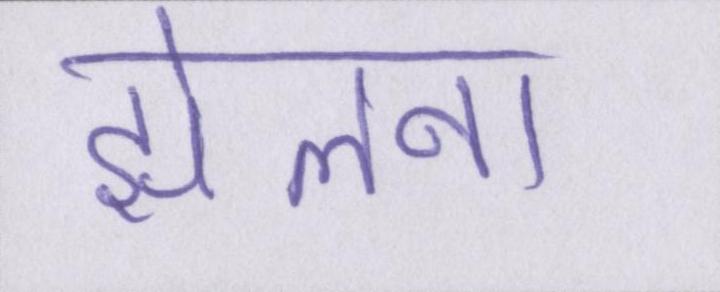
झेलना